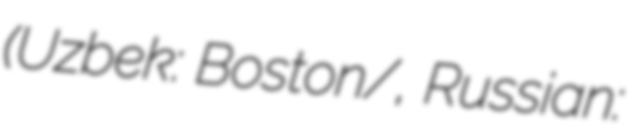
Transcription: (Uzbek: Boʻston/Бўстон, Russian: